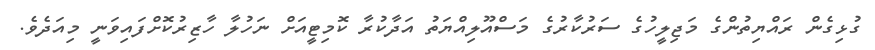
ގުޅިގެން ރައްޔިތުންގެ މަޖިލީހުގެ ސަރުކާރުގެ މަސްއޫލިއްޔަތު އަދާކުރާ ކޮމިޓީއަށް ނަހުލާ ހާޒިރުކޮށްފައިވަނީ މިއަދެވެ.